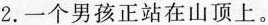
2.一个男孩正站在山顶上.